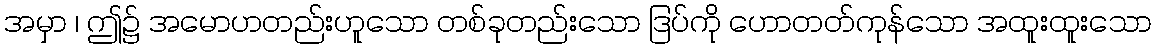
အမှာ ၊ ဤ၌ အမောဟတည်းဟူသော တစ်ခုတည်းသော ဒြပ်ကို ဟောတတ်ကုန်သော အထူးထူးသော